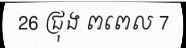
26 ជ្រុង ពពេល 7